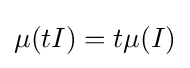
\mu (tI)=t\mu (I)